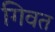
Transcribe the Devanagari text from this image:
गिवत